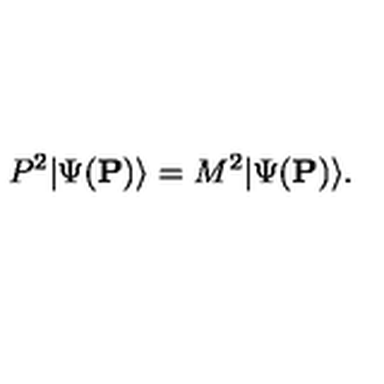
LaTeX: P ^ { 2 } | \Psi ( { \bf P } ) \rangle = M ^ { 2 } | \Psi ( { \bf P } ) \rangle .